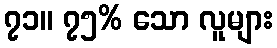
၇၁။ ၇၅% သော လူများ